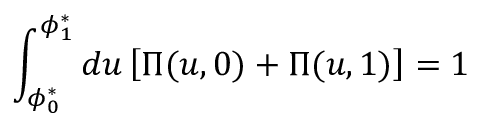
\int _ { \phi _ { 0 } ^ { * } } ^ { \phi _ { 1 } ^ { * } } d u \left[ \Pi ( u , 0 ) + \Pi ( u , 1 ) \right] = 1